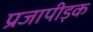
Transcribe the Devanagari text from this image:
प्रजापीड़क